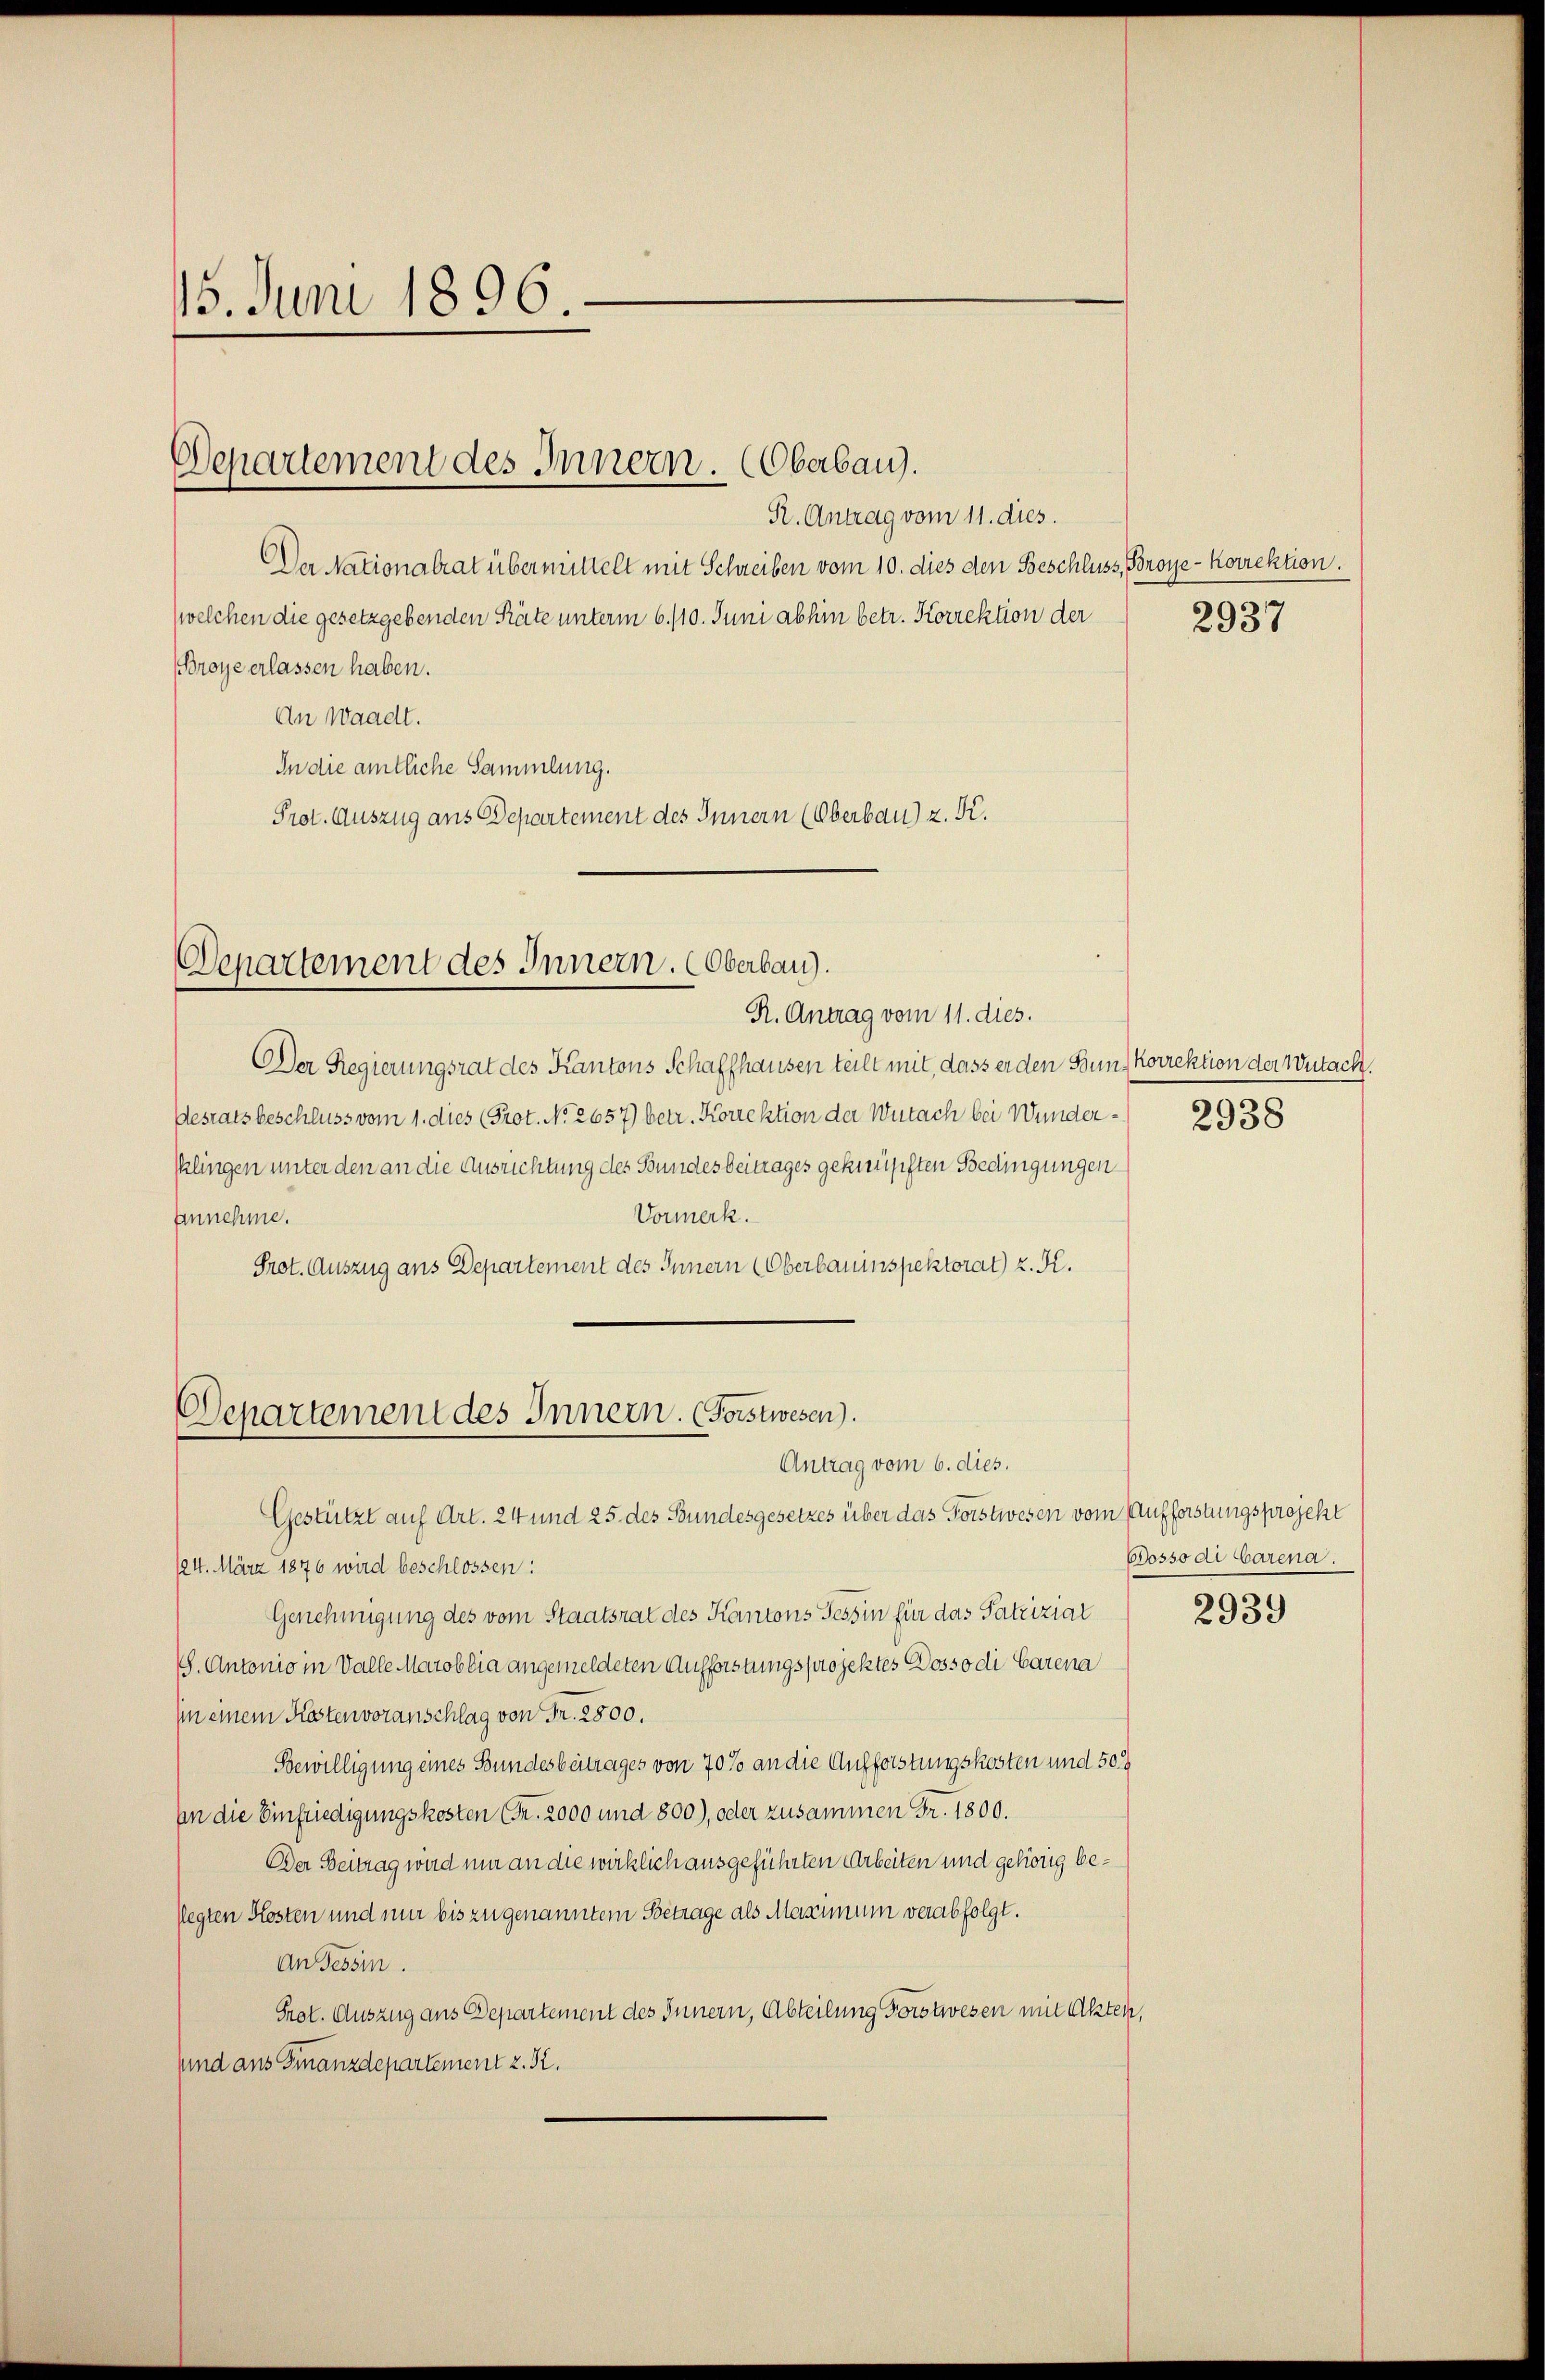
15. Juni 1896.

Departement des Innern. (Oberbau.

R. Antrag vom 11. dies.
Der Nationalrat übermittelt mit Schreiben vom 10. dies den Beschluss, Broye- Korrektion.
welchen die gesetzgebenden Räte unterm 6./10. Juni abhin betr. Korrektion der
(Broye erlassen haben.
An Waadt.
In die amtliche Sammlung.
Prot. Auszug aus Departement des Innern (Oberbau) z. K.

Departement des Innern. (Oberbau).

R. Antrag vom 11. dies.
Der Regierungsrat des Kantons Schaffhausen teilt mit, dass er den Bunkorrektion der Wutach.
Desratsbeschluss vom 1. dies (Prot. No 2657) betr. Korrektion der Wutach bei Wundersklingen unter den an die Ausrichtung des Bundesbeitrages geknüpften Bedingungen
Vormerk.
Annehme.
Prot. Auszug aus Departement des Innern (Oberbauinspektorat) z. K.

Departement des Innern. (Forstwesen.
Antrag vom 6. dies.

Gestützt auf Art. 24 und 25. des Bundesgesetzes über das Forstwesen vom Aufforstungsprojekt
124. März 1876 wird beschlossen:
Genehmigung des vom Staatsrat des Kantons Tessin für das Patrizial
. Antonio in Valle Marobbia angemeldeten Aufforstungsprojektes Dosso di Parena
in einem Kostenvoranschlag von Fr. 2800.
Bewilligung eines Bundesbeitrages von 70 % an die Aufforstungskosten und 50.
In die Einfriedigungskosten (Fr. 2000 und 800), oder zusammen Fr. 1800.
Der Beitrag wird nur an die wirklich ausgeführten Arbeiten und gehörig be¬
Pegten Kosten und mir bis zu genanntem Betrage als Maximum verabfolgt.
An Tessin.
Prot. Auszug aus Departement des Innern, Abteilung Forstwesen mit Akten,
sund aus Finanzdepartement z. St.

2937

2938

Oosso di barena.

2939